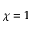
\chi = 1